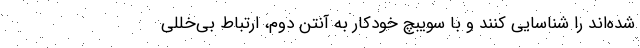
شده‌اند را شناسایی کنند و با سویبچ خودکار به آنتن دوم، ارتباط بی‌خللی